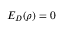
E _ { D } ( \rho ) = 0